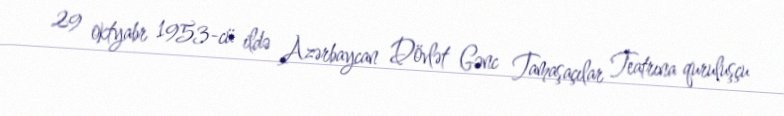
29 oktyabr 1953-cü ildə Azərbaycan Dövlət Gənc Tamaşaçılar Teatrına quruluşçu